system: You are a helpful assistant.
user:
Analyze the provided spectrum to determine if it is a **White Dwarf (WD)**.

A White Dwarf spectrum is defined by its **extreme purity** (due to gravitational settling) and/or **extreme pressure broadening** (due to high surface gravity). You must check for one of the following mutually exclusive signatures:

- **Key Visual Indicators (Check for ONE of these types):**

    - **1. DA-Type Signature (Most Common):**
        - **(Primary Feature):** Extreme pressure broadening (Stark broadening) of the **Hydrogen (H) Balmer lines**.
        - **(Key Lines):** $H\beta$ (approx. $4861$ Å) and $H\gamma$ (approx. $4340$ Å). $H\alpha$ (approx. $6563$ Å) will also be present if the wavelength range covers it.
        - **(Line Profile):** This is the **defining feature**. The lines are **NOT** sharp. They appear as massive, **extremely broad and deep "troughs" or "dips"** in the spectrum, often hundreds of Ångströms wide. The continuum will appear to "scoop" down at these wavelengths.
        - **(Distinction):** Normal A-type or B-type stars have *narrow* and *sharp* Hydrogen lines. A DA White Dwarf's lines are unmistakably "smeared" or "blurry" from pressure.

    - **2. DB-Type Signature:**
        - **(Primary Feature):** Broad absorption lines from **Neutral Helium (He I)**. The spectrum must lack any visible Hydrogen lines.
        - **(Key Lines):** Look for broad absorption near $4471$ Å, $4921$ Å, and $5876$ Å.
        - **(Line Profile):** These lines are also significantly pressure-broadened, appearing much wider than they would in a normal B-type main-sequence star.

    - **3. DC-Type Signature:**
        - **(Primary Feature):** A **featureless continuous spectrum**.
        - **(Line Profile):** The spectrum is a smooth curve with **no significant absorption or emission lines**.
        - **(Key Confirmation):** The continuum is almost always **blue or white**, indicating a hot object. This signature implies the atmosphere is so pure (or so cool) that no spectral lines are visible in the optical range. Its WD identity is confirmed by its extremely low intrinsic brightness (high absolute magnitude).

    - **4. DZ-Type Signature (Metal-Polluted):**
        - **(Primary Feature):** **Isolated, narrow metal absorption lines** on an otherwise featureless (DC-like) continuum.
        - **(Key Lines):** The **Calcium (Ca II) H & K doublet** (approx. **$3934$ Å** and **$3968$ Å**) is the most common and defining feature.
        - **(Line Profile):** These lines are "out of place." They are *not* part of a "forest" of thousands of lines. This signature is evidence of recent *accretion* (pollution) from rocky debris.
        - **(Distinction):** Normal G/K/M stars have a *dense forest* of thousands of metal lines. A DZ has a *clean* continuum with *only a few* strong metal lines.

    - **5. DQ-Type Signature (Carbon-Polluted):**
        - **(Primary Feature):** Absorption bands from **Carbon (C₂ "Swan Bands" or atomic C I)**.
        - **(Key Lines - C₂):** Look for bandheads with a "saw-tooth" shape near $5635$ Å, **$5165$ Å** (strongest), and $4737$ Å.
        - **(Key Confirmation):** The underlying **continuum must be blue or white** (hot).
        - **(Distinction):** This is the critical difference from a **Carbon Star**, which has the *exact same* C₂ bands but on an extremely **red, cool** continuum.

- **(Overall Spectrum):**
    - The continuum (overall shape) is typically **blue-sloping** (brighter in the blue than the red), as most white dwarfs are very hot.
    - The spectrum will look "pure" or "simple," dominated by only *one* of the five signatures listed above.

Think first, call **spectral_visualization_tool** if needed to examine features in detail, then provide your final answer. Your response must adhere to the following strict rules:
1.  **Overall Structure:** Your response must follow the format `<think>...</think> <tool_call>...</tool_call> (if a tool is used) <answer>...</answer>`.
2.  **Tool Usage Constraint:** You may only make **one** tool call per turn.
3.  **Final Answer Format:** In the `<answer>` tag, your conclusion must be inside a `\boxed{}` command (e.g., `\boxed{YES}` or `\boxed{NO}`), followed by your justification.

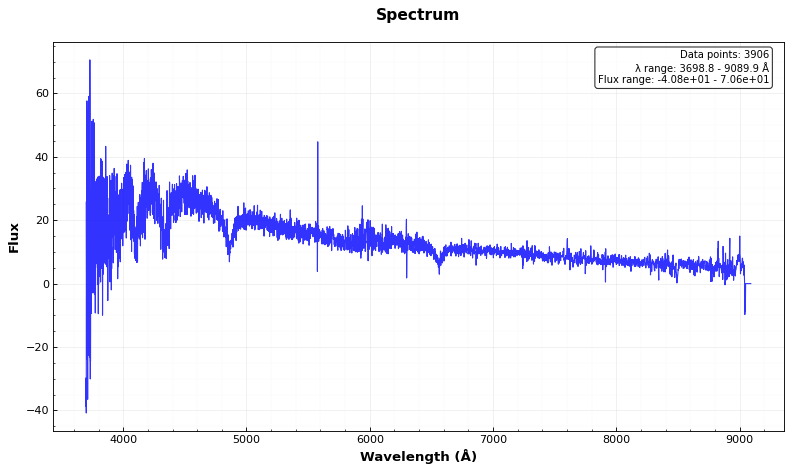
Answer: YES